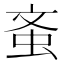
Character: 蚉